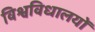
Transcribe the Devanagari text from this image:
विश्वविधालयों